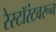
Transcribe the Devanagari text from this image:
रेस्टॉरंटवरून